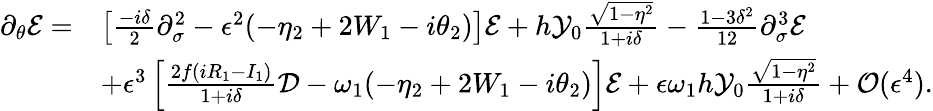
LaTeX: \begin{array}{rl}{\partial_{\theta}\mathcal{E}=}&{\left[\frac{-i\delta}{2}\partial_{\sigma}^{2}-\epsilon^{2}(-\eta_{2}+2W_{1}-i\theta_{2})\right]\mathcal{E}+h\mathcal{Y}_{0}\frac{\sqrt{1-\eta^{2}}}{1+i\delta}-\frac{1-3\delta^{2}}{12}\partial_{\sigma}^{3}\mathcal{E}}\\ &{+\epsilon^{3}\left[\frac{2f(iR_{1}-I_{1})}{1+i\delta}\mathcal{D}-\omega_{1}(-\eta_{2}+2W_{1}-i\theta_{2})\right]\mathcal{E}+\epsilon\omega_{1}h\mathcal{Y}_{0}\frac{\sqrt{1-\eta^{2}}}{1+i\delta}+\mathcal{O}(\epsilon^{4}).}\end{array}